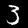
Digit: 3